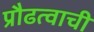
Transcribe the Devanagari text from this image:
प्रौढत्वाची